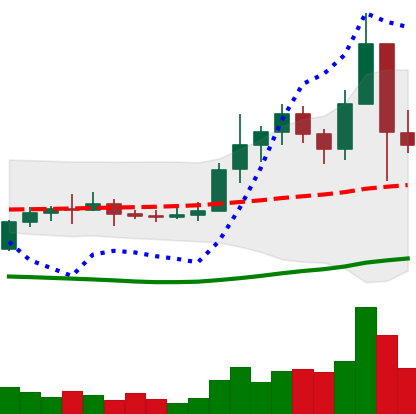
Ticker: ETC-USD
Chart end date: 2021-01-12
Forward return: 9.167%
Label: up_7plus